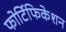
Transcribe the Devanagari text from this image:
फोर्टिफिकेशन